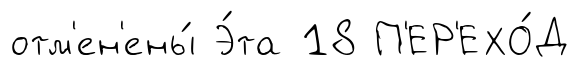
отм'ен'ены́ Э́та 18 П'ЕР'ЕХО́Д